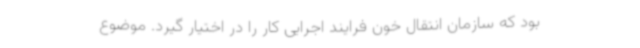
بود که سازمان انتقال خون فرایند اجرایی کار را در اختیار گیرد. موضوع